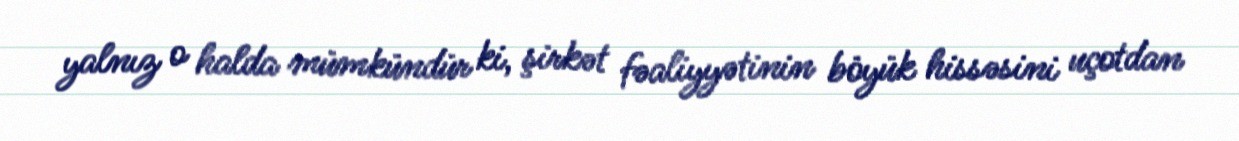
yalnız o halda mümkündür ki, şirkət fəaliyyətinin böyük hissəsini uçotdan